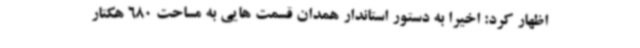
اظهار کرد: اخیراً به دستور استاندار همدان قسمت هایی به مساحت 680 هکتار